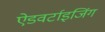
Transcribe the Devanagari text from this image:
ऐडवर्टाइजिंग